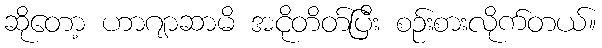
ဆိုတော့ ဟာဂျာဆာမိ အငိုတိတ်ပြီး စဉ်းစားလိုက်တယ်။